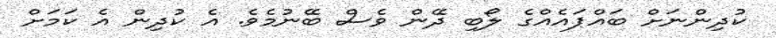
ކުދިންނަށް ބައްޕައެއްގެ ލޯބި ދޭން ވެސް ބޭނުމެވެ. އެ ކުދިން އެ ކަމަށް